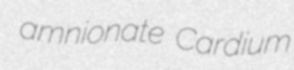
amnionate Cardium